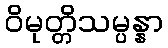
ဝိမုတ္တိသမ္ပန္နာ